Indian Medical Review
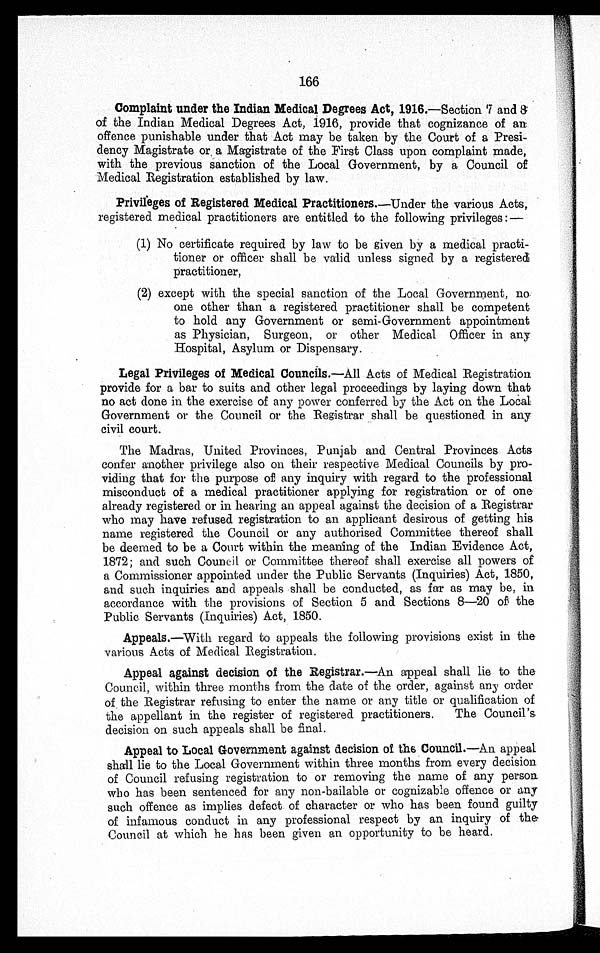
166
Complaint under the Indian Medical Degrees Act, 1916. —Section 7 and 8
of the Indian Medical Degrees Act, 1916, provide that cognizance of an
offence punishable under that Act may be taken by the Court of a Presi
-dency Magistrate or a Magistrate of the First Class upon complaint made,
with the previous sanction of the Local Government, by a Council of
Medical Registration established by law.
Privileges of Registered Medical Practitioners. —Under the various Acts,
registered medical practitioners are entitled to the following privileges:
No certificate required by law to be given by a medical practi
tioner or officer shall be valid unless signed by a registered
practitioner,
except with the special sanction of the Local Government, no
one other than a registered practitioner shall be competent
to hold any Government or semi-Government appointment
as Physician, Surgeon, or other Medical Officer in any
Hospital, Asylum or Dispensary.
Legal Privileges of Medical Councils. —All Acts of Medical Registration
provide for a bar to suits and other legal proceedings by laying down that
no act done in the exercise of any power conferred by the Act on the Local
Government or the Council or the Registrar shall be questioned in any
civil court.
The Madras, United Provinces, Punjab and Central Provinces Acts
confer another privilege also on their respective Medical Councils by pro
viding that for the purpose of any inquiry with regard to the professional
misconduct of a medical practitioner applying for registration or of one
already registered or in hearing an appeal against the decision of a Registrar
who may have refused registration to an applicant desirous of getting his
name registered the Council or any authorised Committee thereof shall
be deemed to be a Court within the meaning of the Indian Evidence Act,
1872; and such Council or Committee thereof shall exercise all powers of
a Commissioner appointed under the Public Servants (Inquiries) Act, 1850,
and such inquiries and appeals shall be conducted, as far as may be, in
accordance with the provisions of Section 5 and Sections 8-20 of the
Public Servants (Inquiries) Act, 1850.
Appeals. —With regard to appeals the following provisions exist in the
various Acts of Medical Registration.
Appeal against decision of the Registrar. —An appeal shall lie to the
Council, within three months from the date of the order, against any order
of the Registrar refusing to enter the name or any title or qualification of
the appellant in the register of registered practitioners. The Council's
decision on such appeals shall be final.
Appeal to Local Government against decision of the Council. —An appeal
shall lie to the Local Government within three months from every decision
of Council refusing registration to or removing the name of any person
who has been sentenced for any non-bailable or cognizable offence or any
such offence as implies defect of character or who has been found guilty
of infamous conduct in any professional respect by an inquiry of the
Council at which he has been given an opportunity to be heard.